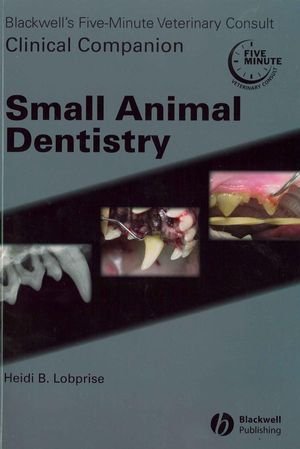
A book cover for Blackwell's Five-Minute Veterinary Consult Clinical Companion Small Animal Dentistry; Heidi B Lobprise; Medical Books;